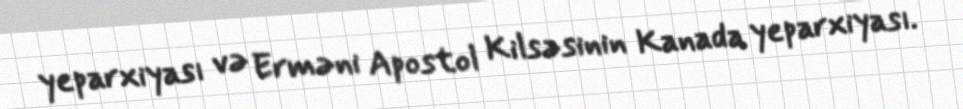
yeparxiyası və Erməni Apostol Kilsəsinin Kanada yeparxiyası.